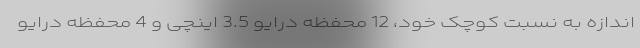
اندازه به نسبت کوچک خود، 12 محفظه درایو 3.5 اینچی و 4 محفظه درایو